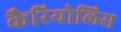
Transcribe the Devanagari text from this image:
कैरियोलिस